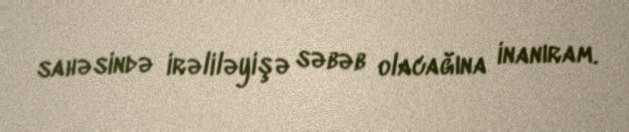
sahəsində irəliləyişə səbəb olacağına inanıram.